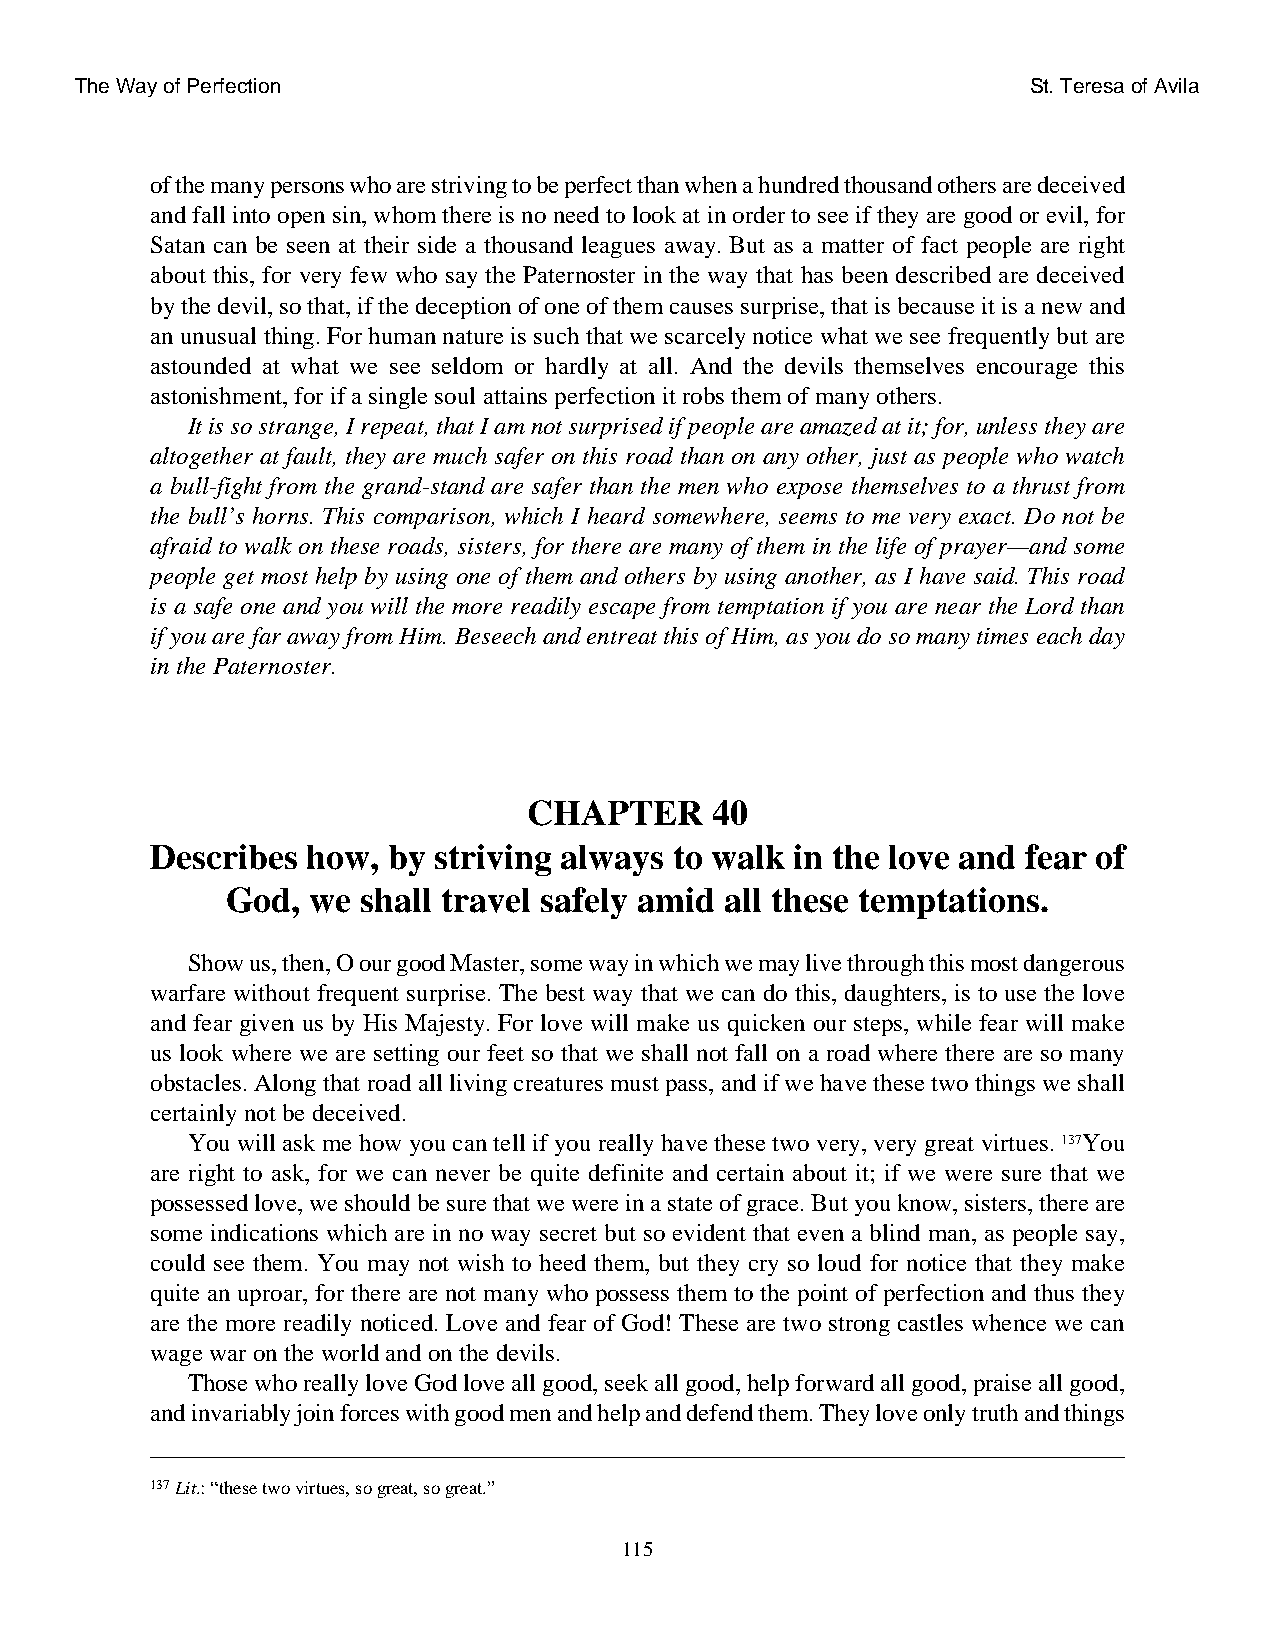
The Way of Perfection                                          St. Teresa of Avila
 of the many persons who are striving to be perfect than when a hundred thousand others are deceived
 and fall into open sin, whom there is no need to look at in order to see if they are good or evil, for
 Satan can be seen at their side a thousand leagues away. But as a matter of fact people are right
 about this, for very few who say the Paternoster in the way that has been described are deceived
 by the devil, so that, if the deception of one of them causes surprise, that is because it is a new and
 an unusual thing. For human nature is such that we scarcely notice what we see frequently but are
 astounded at what we see seldom or hardly at all. And the devils themselves encourage this
 astonishment, for if a single soul attains perfection it robs them of many others.
 It is so strange, I repeat, that I am not surprised if people are amazed at it; for, unless they are
 altogether at fault, they are much safer on this road than on any other, just as people who watch
 a bull-fight from the grand-stand are safer than the men who expose themselves to a thrust from
 the bull’s horns. This comparison, which I heard somewhere, seems to me very exact. Do not be
 afraid to walk on these roads, sisters, for there are many of them in the life of prayer—and some
 people get most help by using one of them and others by using another, as I have said. This road
 is a safe one and you will the more readily escape from temptation if you are near the Lord than
 if you are far away from Him. Beseech and entreat this of Him, as you do so many times each day
 in the Paternoster.
 CHAPTER     40
 Describes how,  by striving always to walk in the love and fear of
 God, we  shall travel safely amid all these temptations.
 Show us, then, O our good Master, some way in which we may live through this most dangerous
 warfare without frequent surprise. The best way that we can do this, daughters, is to use the love
 and fear given us by His Majesty. For love will make us quicken our steps, while fear will make
 us look where we are setting our feet so that we shall not fall on a road where there are so many
 obstacles. Along that road all living creatures must pass, and if we have these two things we shall
 certainly not be deceived.
 You will ask me how you can tell if you really have these two very, very great virtues. 137You
 are right to ask, for we can never be quite definite and certain about it; if we were sure that we
 possessed love, we should be sure that we were in a state of grace. But you know, sisters, there are
 some indications which are in no way secret but so evident that even a blind man, as people say,
 could see them. You may not wish to heed them, but they cry so loud for notice that they make
 quite an uproar, for there are not many who possess them to the point of perfection and thus they
 are the more readily noticed. Love and fear of God! These are two strong castles whence we can
 wage war on the world and on the devils.
 Those who really love God love all good, seek all good, help forward all good, praise all good,
 and invariably join forces with good men and help and defend them. They love only truth and things
 137Lit.: “these two virtues, so great, so great.”
 115